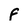
Character: f